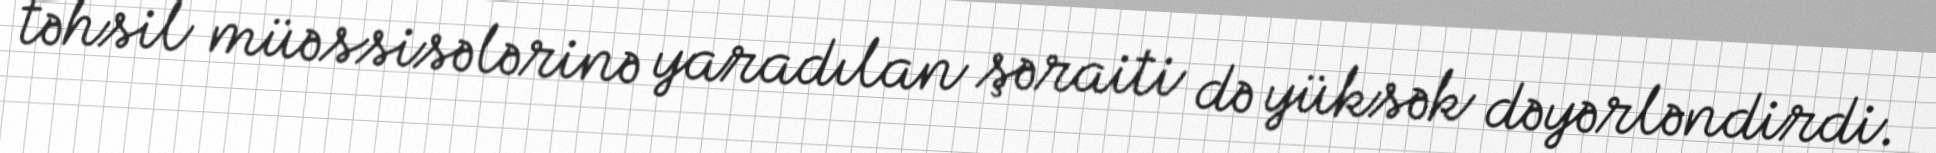
təhsil müəssisələrinə yaradılan şəraiti də yüksək dəyərləndirdi.